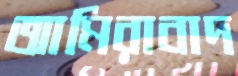
আমিরাবাদ